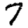
Digit: 7